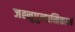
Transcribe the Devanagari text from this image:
जह्नुपुत्र्यास्रिकालं